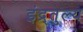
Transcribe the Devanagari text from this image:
इंद्र्तुल्य